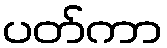
ပတ်ကာ